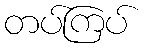
တပ်ကြပ်